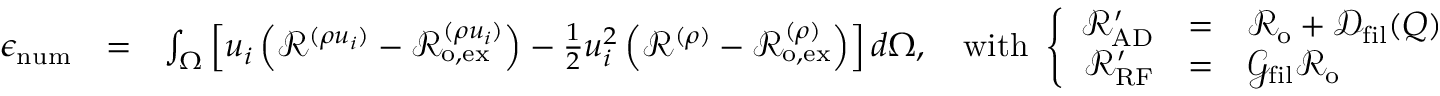
\begin{array} { r l r } { \epsilon _ { \mathrm { n u m } } } & { = } & { \int _ { \Omega } \left[ u _ { i } \left( \mathcal { R } ^ { ( \rho u _ { i } ) } - \mathcal { R } _ { \mathrm { o , e x } } ^ { ( \rho u _ { i } ) } \right) - \frac { 1 } { 2 } u _ { i } ^ { 2 } \left( \mathcal { R } ^ { ( \rho ) } - \mathcal { R } _ { \mathrm { o , e x } } ^ { ( \rho ) } \right) \right] d \Omega , \quad \mathrm { w i t h } \ \left\{ \begin{array} { r c l } { \mathcal { R } _ { \mathrm { A D } } ^ { \prime } } & { = } & { \mathcal { R } _ { \mathrm { o } } + \mathcal { D } _ { \mathrm { f i l } } ( Q ) } \\ { \mathcal { R } _ { \mathrm { R F } } ^ { \prime } } & { = } & { \mathcal { G } _ { \mathrm { f i l } } \mathcal { R } _ { \mathrm { o } } } \end{array} \right. } \end{array}